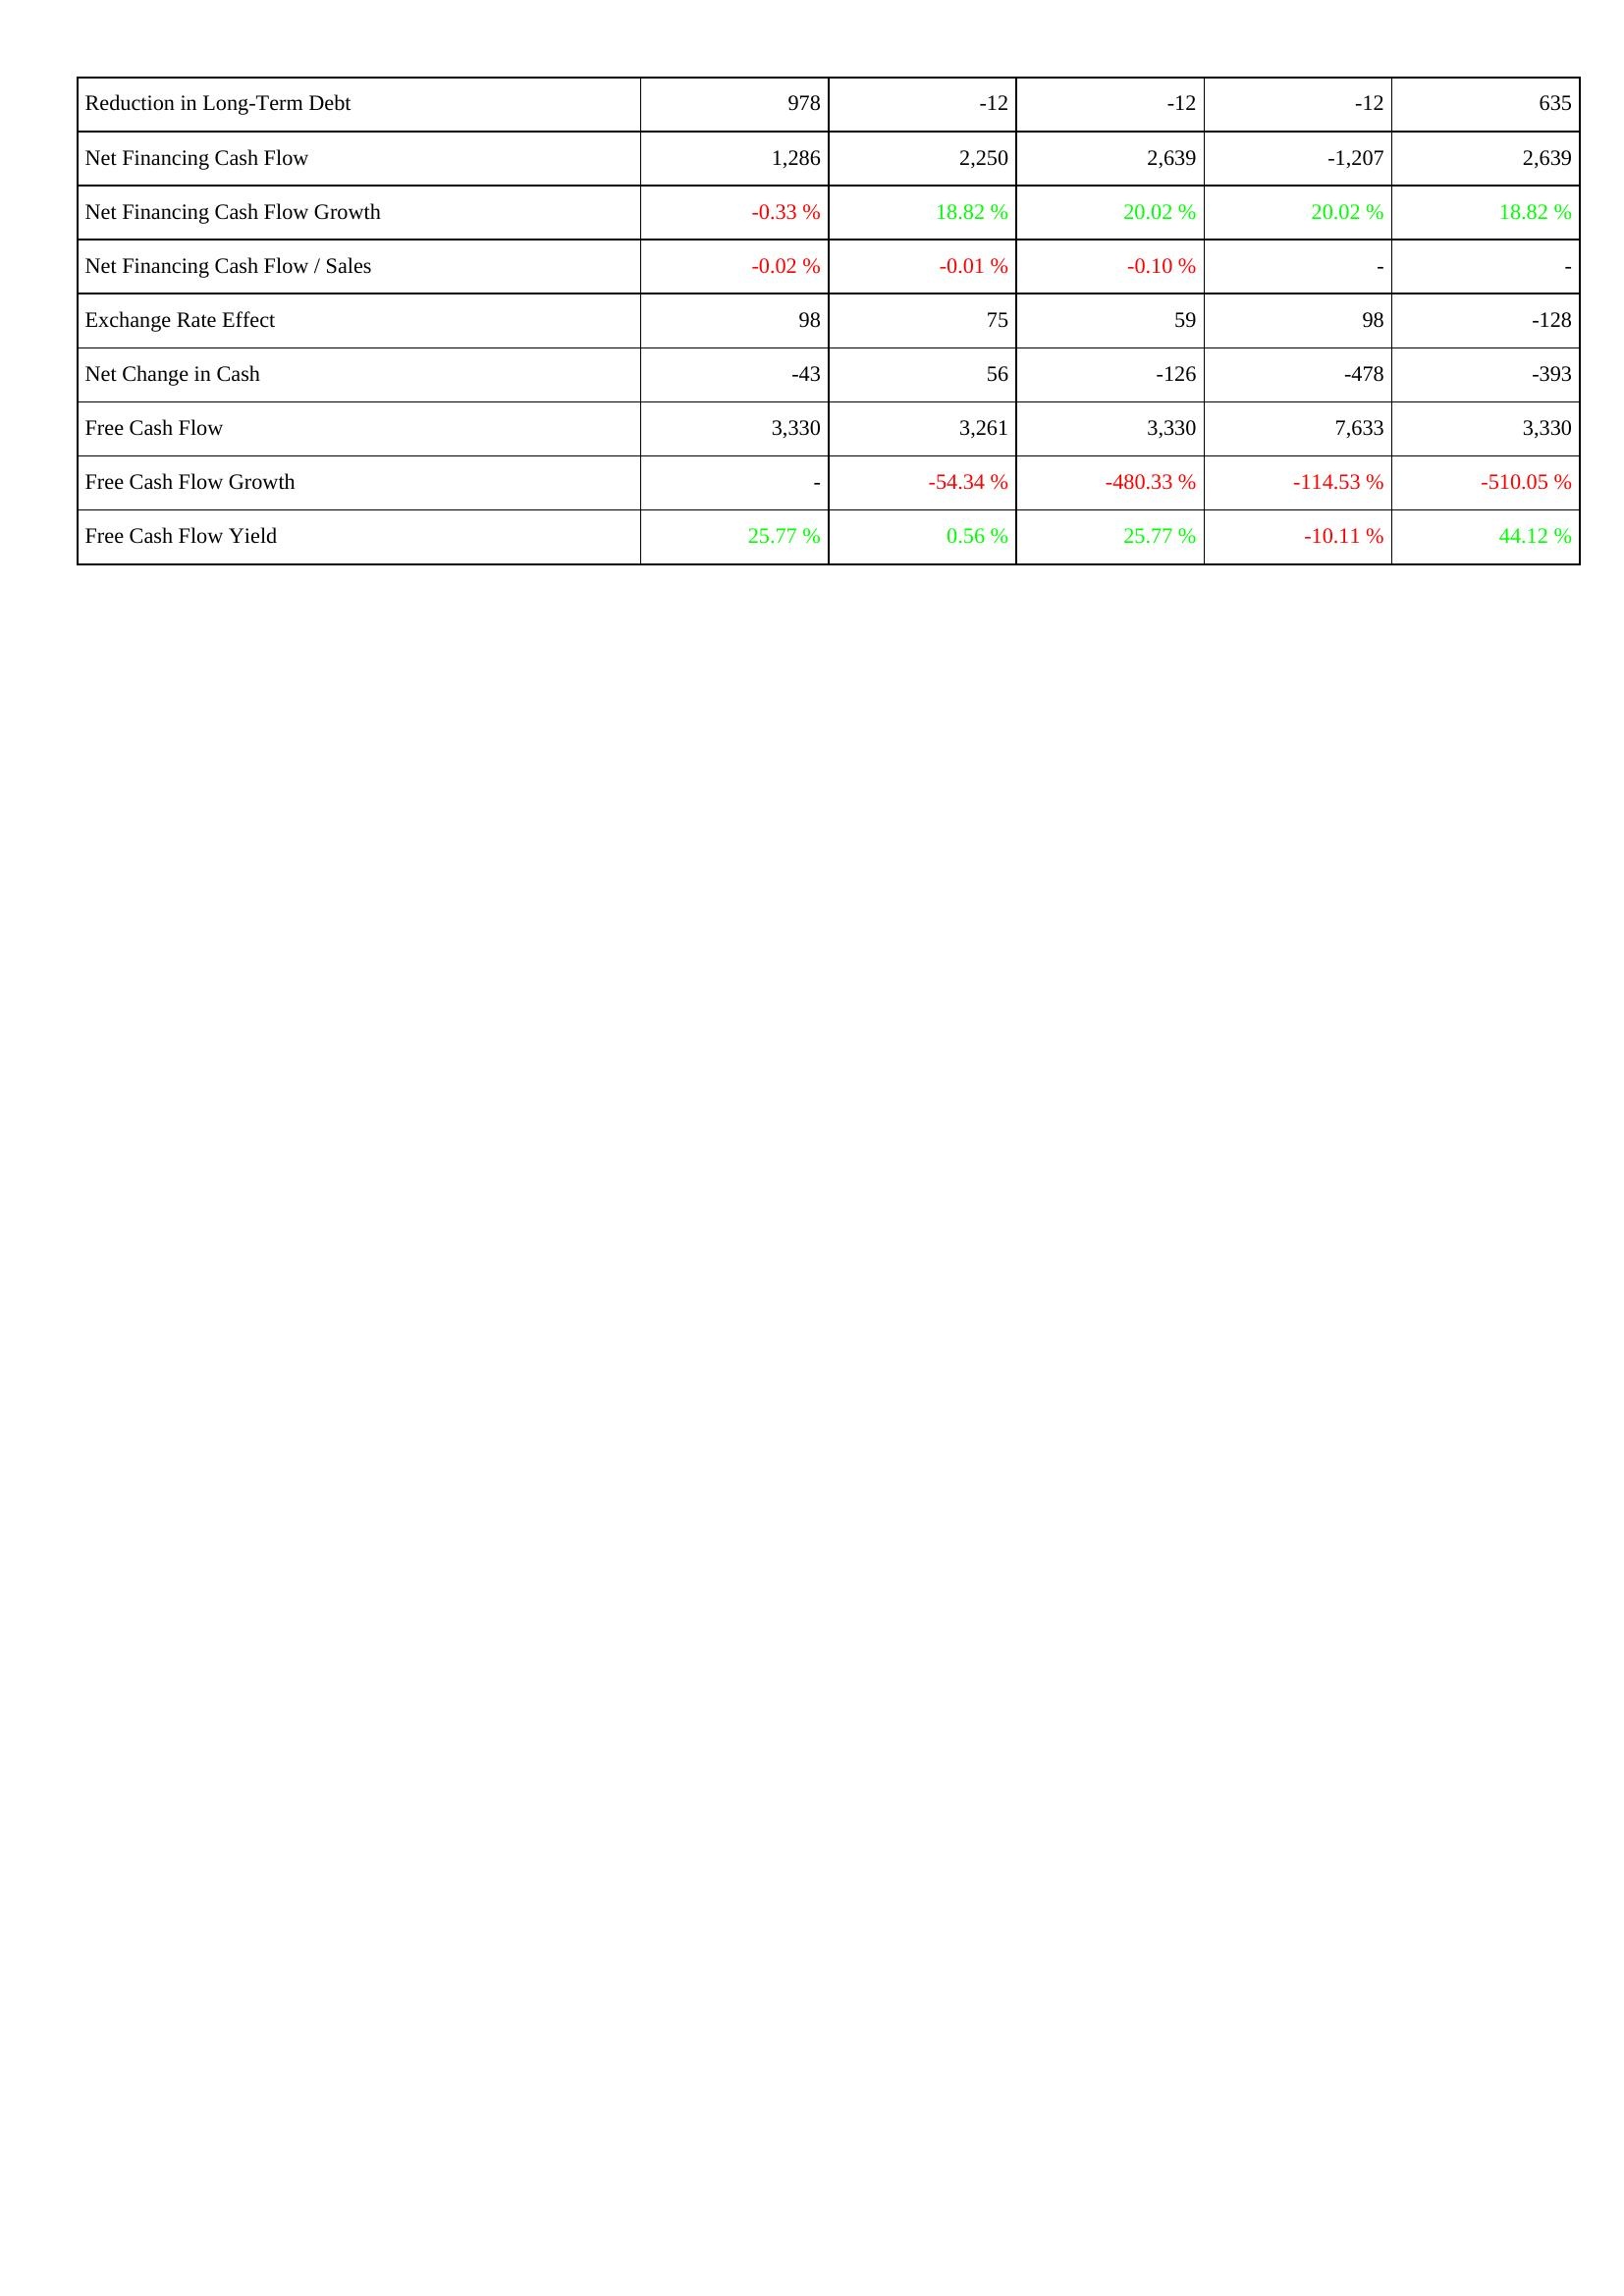
2011: Financing Activities: Reduction in Long-Term Debt: 978
Net Financing Cash Flow: 1,286
Net Financing Cash Flow Growth: -0.33 %
Net Financing Cash Flow / Sales: -0.02 %
Exchange Rate Effect: 98
Net Change in Cash: -43
Free Cash Flow: 3,330
Free Cash Flow Growth: -
Free Cash Flow Yield: 25.77 %
2012: Financing Activities: Reduction in Long-Term Debt: -12
Net Financing Cash Flow: 2,250
Net Financing Cash Flow Growth: 18.82 %
Net Financing Cash Flow / Sales: -0.01 %
Exchange Rate Effect: 75
Net Change in Cash: 56
Free Cash Flow: 3,261
Free Cash Flow Growth: -54.34 %
Free Cash Flow Yield: 0.56 %
2013: Financing Activities: Reduction in Long-Term Debt: -12
Net Financing Cash Flow: 2,639
Net Financing Cash Flow Growth: 20.02 %
Net Financing Cash Flow / Sales: -0.10 %
Exchange Rate Effect: 59
Net Change in Cash: -126
Free Cash Flow: 3,330
Free Cash Flow Growth: -480.33 %
Free Cash Flow Yield: 25.77 %
2014: Financing Activities: Reduction in Long-Term Debt: -12
Net Financing Cash Flow: -1,207
Net Financing Cash Flow Growth: 20.02 %
Net Financing Cash Flow / Sales: -
Exchange Rate Effect: 98
Net Change in Cash: -478
Free Cash Flow: 7,633
Free Cash Flow Growth: -114.53 %
Free Cash Flow Yield: -10.11 %
2015: Financing Activities: Reduction in Long-Term Debt: 635
Net Financing Cash Flow: 2,639
Net Financing Cash Flow Growth: 18.82 %
Net Financing Cash Flow / Sales: -
Exchange Rate Effect: -128
Net Change in Cash: -393
Free Cash Flow: 3,330
Free Cash Flow Growth: -510.05 %
Free Cash Flow Yield: 44.12 %